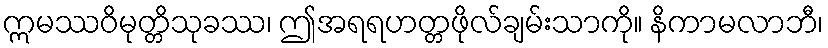
ဣမဿဝိမုတ္တိသုခဿ၊ ဤအရရဟတ္တဖိုလ်ချမ်းသာကို။ နိကာမလာဘီ၊